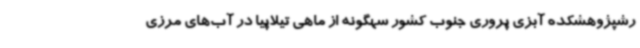
رشپژوهشکده آبزی پروری جنوب کشور سهگونه از ماهی تیلاپیا در آب‌های مرزی